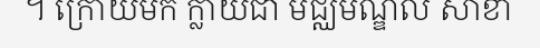
។ ក្រោយមក ក្លាយជា មជ្ឈមណ្ឌល សាខា